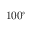
1 0 0 ^ { \circ }